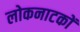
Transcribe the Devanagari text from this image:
लोकनाटकों